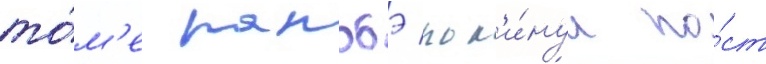
то́м'е ранобэ пок'и́нул по́ст